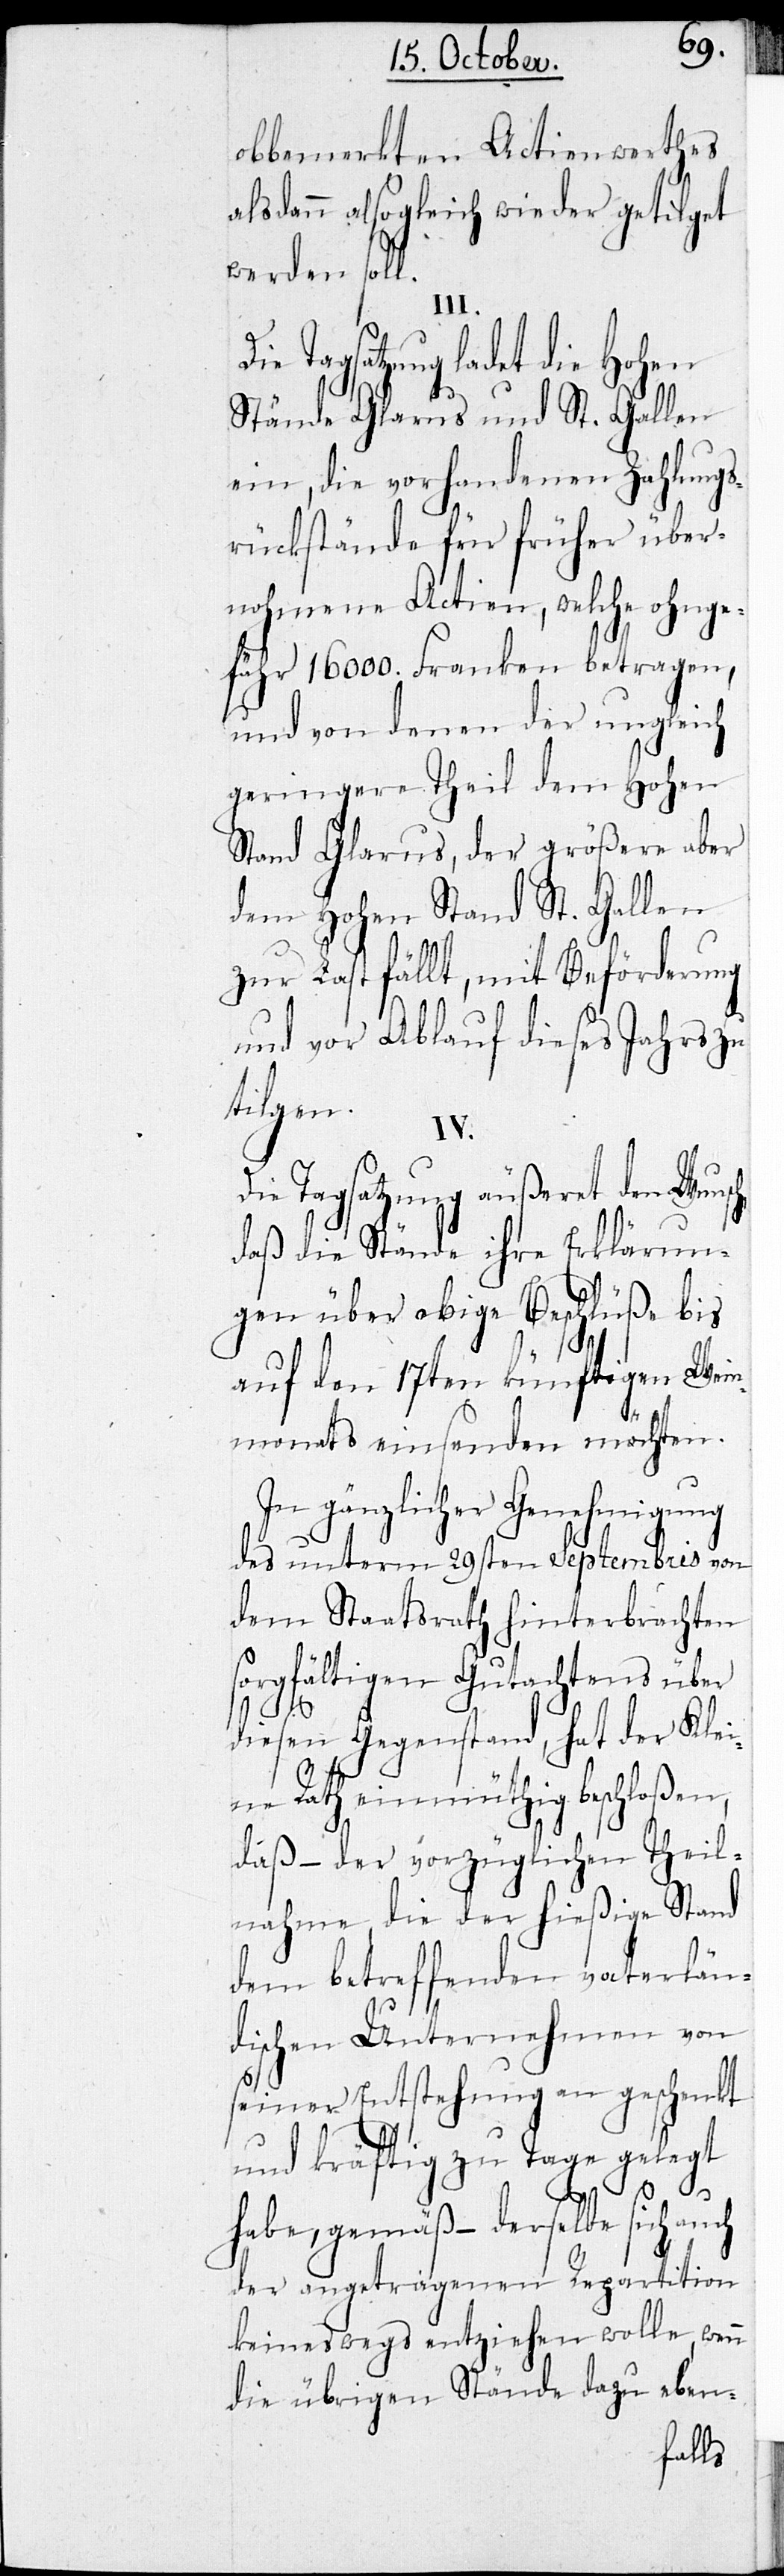
obbemerkten Actienwerthes
alsdann alsogleich wieder getilgt
werden soll.
lü¬
Die Tagsatzung ladet die Hohen
Stände Glarus und St. Gallen
ein, die vorhandenen Zahlungs¬
rückstände für früher über¬
nohmene Actien, welche ohnge¬
fähr 16 000. Franken betragen,
ngleich
und von denen der u¬
Hohen
geringere Theil dem
Stand Glarus, der größere aber
dem Hohen Stand St. Gallen
zur Last fällt, mit Beförderung
und vor Ablauf dieses Jahrs zu
tigen
IV.
Die Tagsatzung äußeret den Wunsc¬
daß die Stände ihre Erklärun¬
gen über obige Besch¬
ße bis
auf den 17ten künf¬
Wei¬
nmonats einsenden
In gänzlicher Genehm¬
igung
des unterm 29sten Septembris von
dem Staatsrath hinterbrachten
sorgfältigen Gutachtens über
diesen Gegenstand, hat der Klei¬
ne Rath einmüthig beschloßen,
daß – der vorzüglichen Theil¬
nahme, die der hießige Stand
dem betreffenden vaterlän¬
dischen Unternehmen von
seiner Entstehung an geschenkt
und kräftig zu Tage gelegt
h,
habe, gemäß – derselbe sich auch
der angetragenen Repartition
keineswegs entziehen wolle, wenn
die übrigen Stände dazu eben-